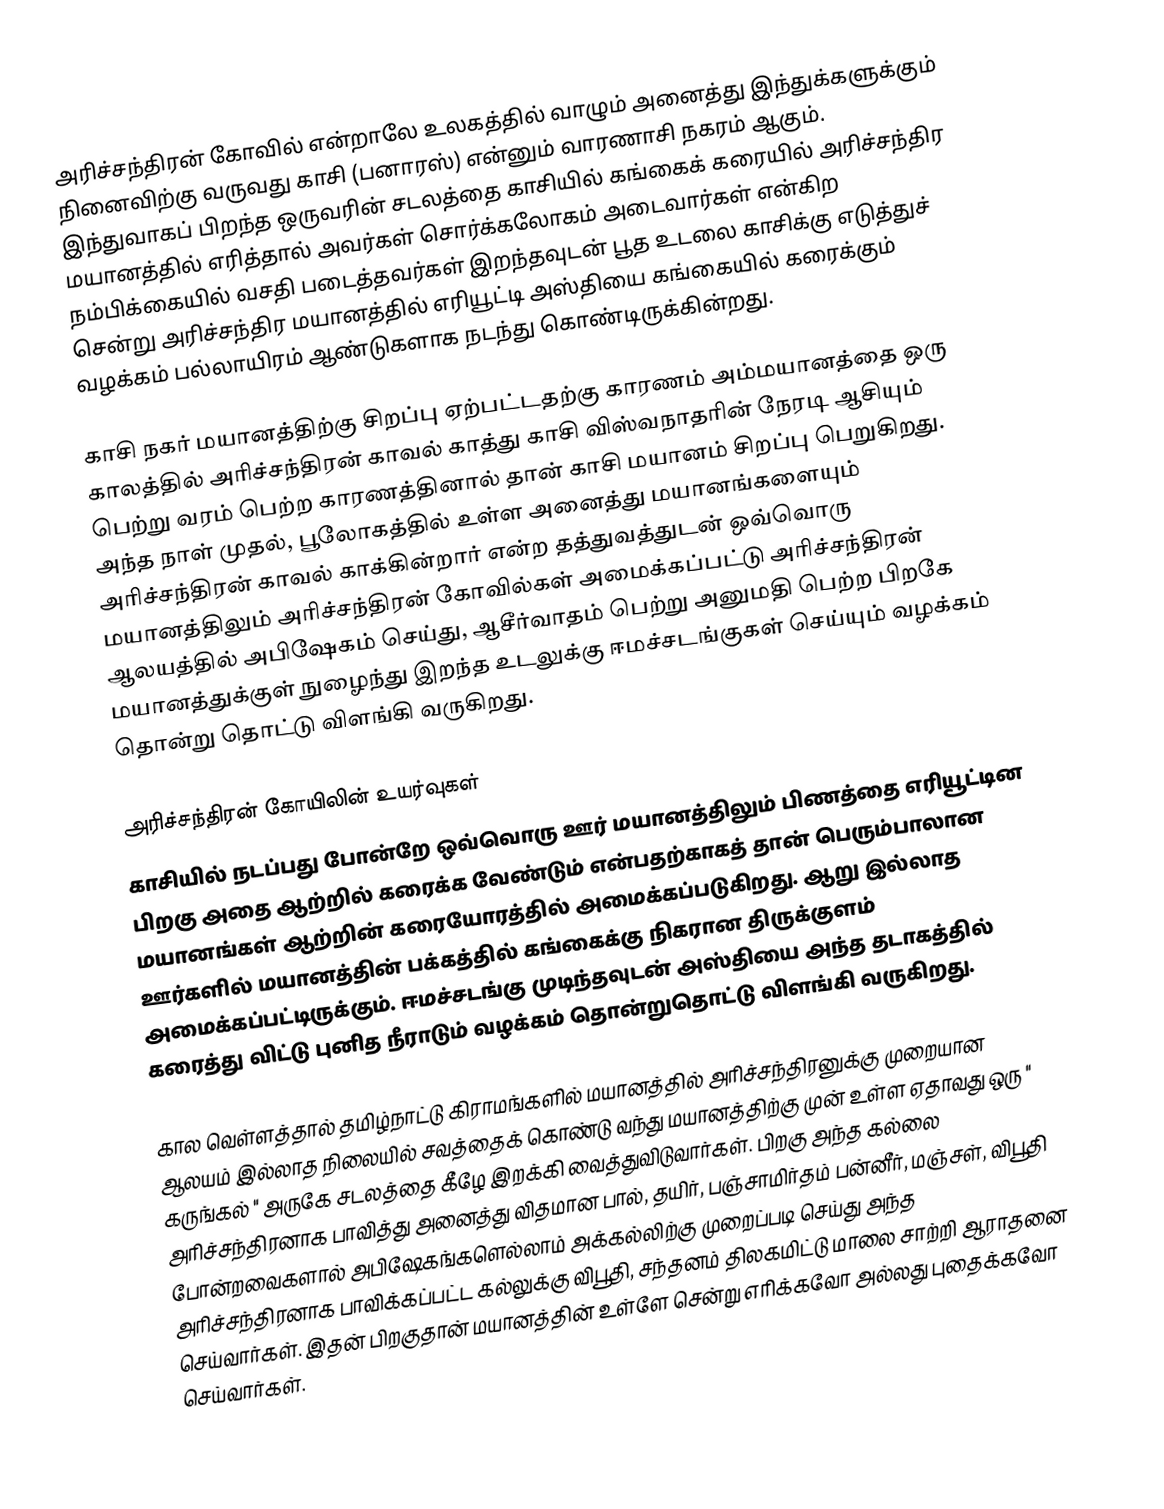
அரிச்சந்திரன் கோவில் என்றாலே உலகத்தில் வாழும் அனைத்து இந்துக்களுக்கும் நினைவிற்கு வருவது காசி (பனாரஸ்) என்னும் வாரணாசி நகரம் ஆகும். இந்துவாகப் பிறந்த ஒருவரின் சடலத்தை காசியில் கங்கைக் கரையில் அரிச்சந்திர மயானத்தில் எரித்தால் அவர்கள் சொர்க்கலோகம் அடைவார்கள் என்கிற நம்பிக்கையில் வசதி படைத்தவர்கள் இறந்தவுடன் பூத உடலை காசிக்கு எடுத்துச் சென்று அரிச்சந்திர மயானத்தில் எரியூட்டி அஸ்தியை கங்கையில் கரைக்கும் வழக்கம் பல்லாயிரம் ஆண்டுகளாக நடந்து கொண்டிருக்கின்றது.

காசி நகர் மயானத்திற்கு சிறப்பு ஏற்பட்டதற்கு காரணம் அம்மயானத்தை ஒரு காலத்தில் அரிச்சந்திரன் காவல் காத்து காசி விஸ்வநாதரின் நேரடி ஆசியும் பெற்று வரம் பெற்ற காரணத்தினால் தான் காசி மயானம் சிறப்பு பெறுகிறது. அந்த நாள் முதல், பூலோகத்தில் உள்ள அனைத்து மயானங்களையும் அரிச்சந்திரன் காவல் காக்கின்றார் என்ற தத்துவத்துடன் ஒவ்வொரு மயானத்திலும் அரிச்சந்திரன் கோவில்கள் அமைக்கப்பட்டு அரிச்சந்திரன் ஆலயத்தில் அபிஷேகம் செய்து, ஆசீர்வாதம் பெற்று அனுமதி பெற்ற பிறகே மயானத்துக்குள் நுழைந்து இறந்த உடலுக்கு ஈமச்சடங்குகள் செய்யும் வழக்கம் தொன்று தொட்டு விளங்கி வருகிறது.

அரிச்சந்திரன் கோயிலின் உயர்வுகள்
காசியில் நடப்பது போன்றே ஒவ்வொரு ஊர் மயானத்திலும் பிணத்தை எரியூட்டின பிறகு அதை ஆற்றில் கரைக்க வேண்டும் என்பதற்காகத் தான் பெரும்பாலான மயானங்கள் ஆற்றின் கரையோரத்தில் அமைக்கப்படுகிறது. ஆறு இல்லாத ஊர்களில் மயானத்தின் பக்கத்தில் கங்கைக்கு நிகரான திருக்குளம் அமைக்கப்பட்டிருக்கும். ஈமச்சடங்கு முடிந்தவுடன் அஸ்தியை அந்த தடாகத்தில் கரைத்து விட்டு புனித நீராடும் வழக்கம் தொன்றுதொட்டு விளங்கி வருகிறது.

கால வெள்ளத்தால் தமிழ்நாட்டு கிராமங்களில் மயானத்தில் அரிச்சந்திரனுக்கு முறையான ஆலயம் இல்லாத நிலையில் சவத்தைக் கொண்டு வந்து  மயானத்திற்கு முன் உள்ள ஏதாவது ஒரு " கருங்கல் " அருகே சடலத்தை கீழே இறக்கி வைத்துவிடுவார்கள். பிறகு அந்த கல்லை அரிச்சந்திரனாக பாவித்து அனைத்து விதமான பால், தயிர், பஞ்சாமிர்தம் பன்னீர், மஞ்சள், விபூதி போன்றவைகளால் அபிஷேகங்களெல்லாம்  அக்கல்லிற்கு முறைப்படி செய்து அந்த அரிச்சந்திரனாக பாவிக்கப்பட்ட கல்லுக்கு விபூதி, சந்தனம் திலகமிட்டு மாலை சாற்றி ஆராதனை செய்வார்கள். இதன் பிறகுதான் மயானத்தின் உள்ளே சென்று எரிக்கவோ அல்லது புதைக்கவோ செய்வார்கள்.